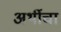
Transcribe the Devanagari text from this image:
अर्थीचा